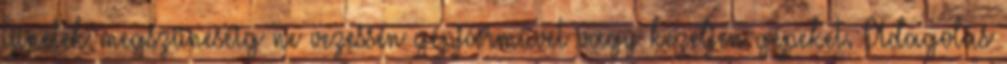
tünetek megszünéséig ne vezessen gépjárművet vagy kezeljen gépeket. Adagolás